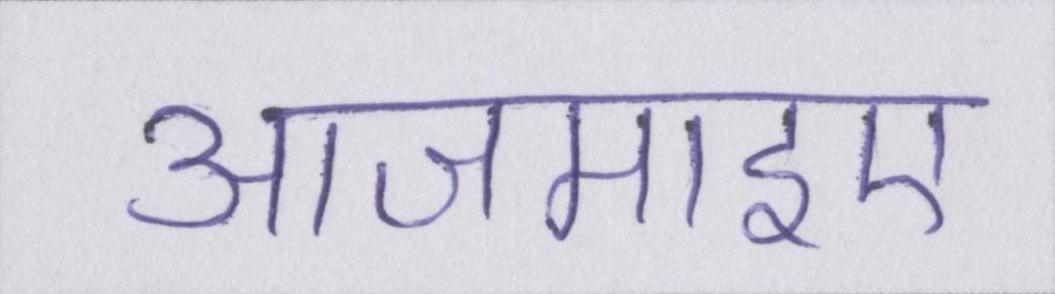
आजमाइए